Civil Veterinary Department Bihar & Orissa reports 1929-36 - 1929-1936
Year: 1929
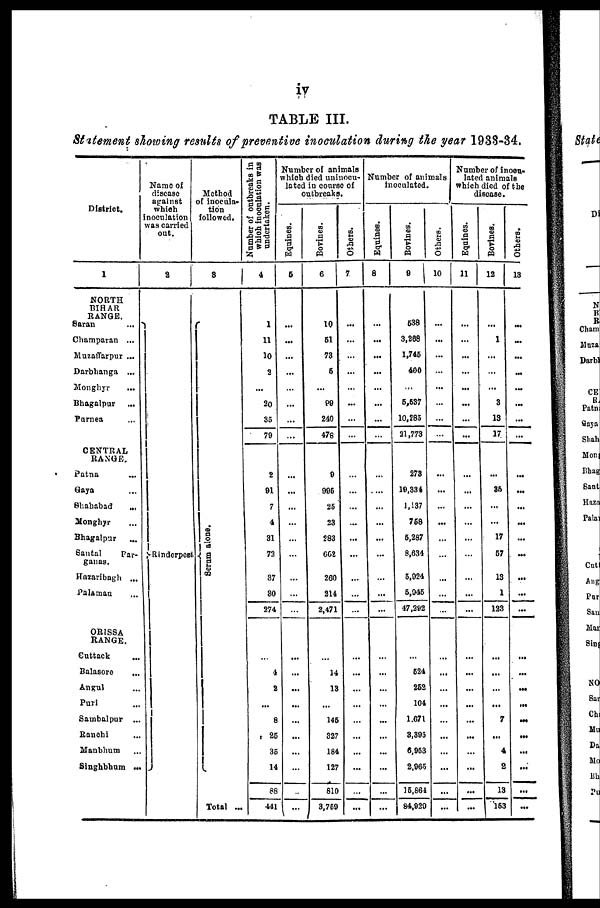
iv
TABLE III.
Statement showing results of preventive inoculation during the year 193S-34.
District.
1
NORTH
BIHAR
RANGE.
Saran
...
Champaran ...
Muzaffarpur ...
Darbhanga ...
Monghyr ...
Bhagalpur ...
Purnea ...
CENTRAL
RANGE.
Patna ...
Gaya ...
Shahabad
...
Monghyr ...
Bhagalpur ...
Santal
Par-
ganas.
Hazaribagh ...
Palamau ...
ORISSA
RANGE.
Cuttack ...
Balasore ...
Angul ...
Puri ...
Sambalpur ...
Ranchi ...
Manbhum ...
Singhbhum ...
Name of
disease
against
which
inoculation
was carried
out.
2
Rinderpest
Method
of inocula-
tion
followed.
3
Se r
um alone.
Total ...
Number of outbreaks in
which inoculation was
undertaken.
4
1
11
10
3
...
20
35
79
2
91
7
4
31
72
37
30
274
...
4
2
...
8
25
35
14
88
441
Number of animals
which died uninocu-
lated in course of
outbreaks.
Equines.
6
...
...
...
...
...
...
...
...
...
...
...
...
...
...
...
...
...
...
...
...
...
...
...
...
...
...
...
Bovines.
6
10
51
73
5
...
99
240
478
9
995
25
23
283
662
260
214
2,471
...
14
13
...
145
327
1S4
127
810
3,759
Others.
7
...
...
...
...
...
...
...
...
...
...
...
...
...
...
...
...
...
...
...
...
...
...
...
...
...
...
...
Number of animals
inoculated.
Equines.
a
...
...
...
...
...
...
...
...
...
...
...
...
...
...
...
...
...
...
...
...
...
...
...
...
...
...
...
Bovines.
9
538
3,268
1,745
400
...
5,537
10,285
21,773
273
19,334
1,137
758
5,287
8,634
5,924
5,945
47,292
...
524
252
104
1,671
3,395
6,953
2,965
15,864
84,929
Others.
10
...
...
...
...
...
...
...
...
...
...
...
...
...
...
...
...
...
...
...
...
...
...
...
...
...
...
...
Number of inocu-
lated animals
which died of the
disease.
Equines.
11
...
...
...
...
...
...
...
...
...
...
...
...
...
...
...
...
...
...
...
...
...
...
...
...
...
...
...
Bovines.
12
...
1
...
...
...
3
13
17
...
35
...
...
17
57
13
1
123
...
...
...
...
7
...
4
2
13
153
Others.
13
...
...
...
...
...
...
...
...
...
...
...
...
...
...
...
...
...
...
...
...
...
...
...
...
...
...
...